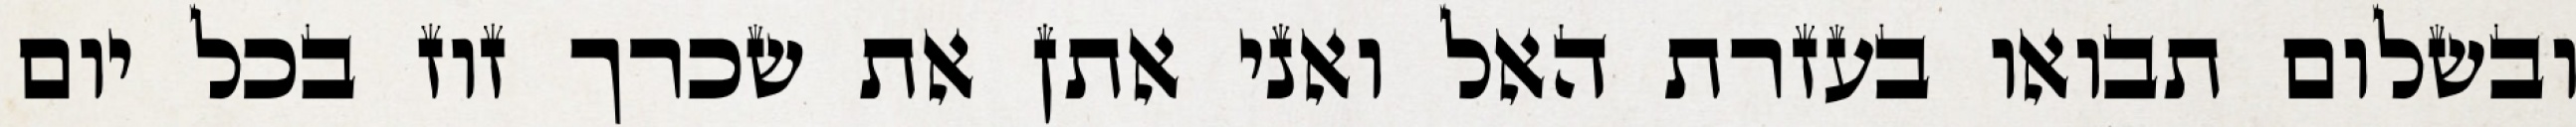
ובשלום תבואו בעזרת האל ואני אתן את שכרך זוז בכל יום